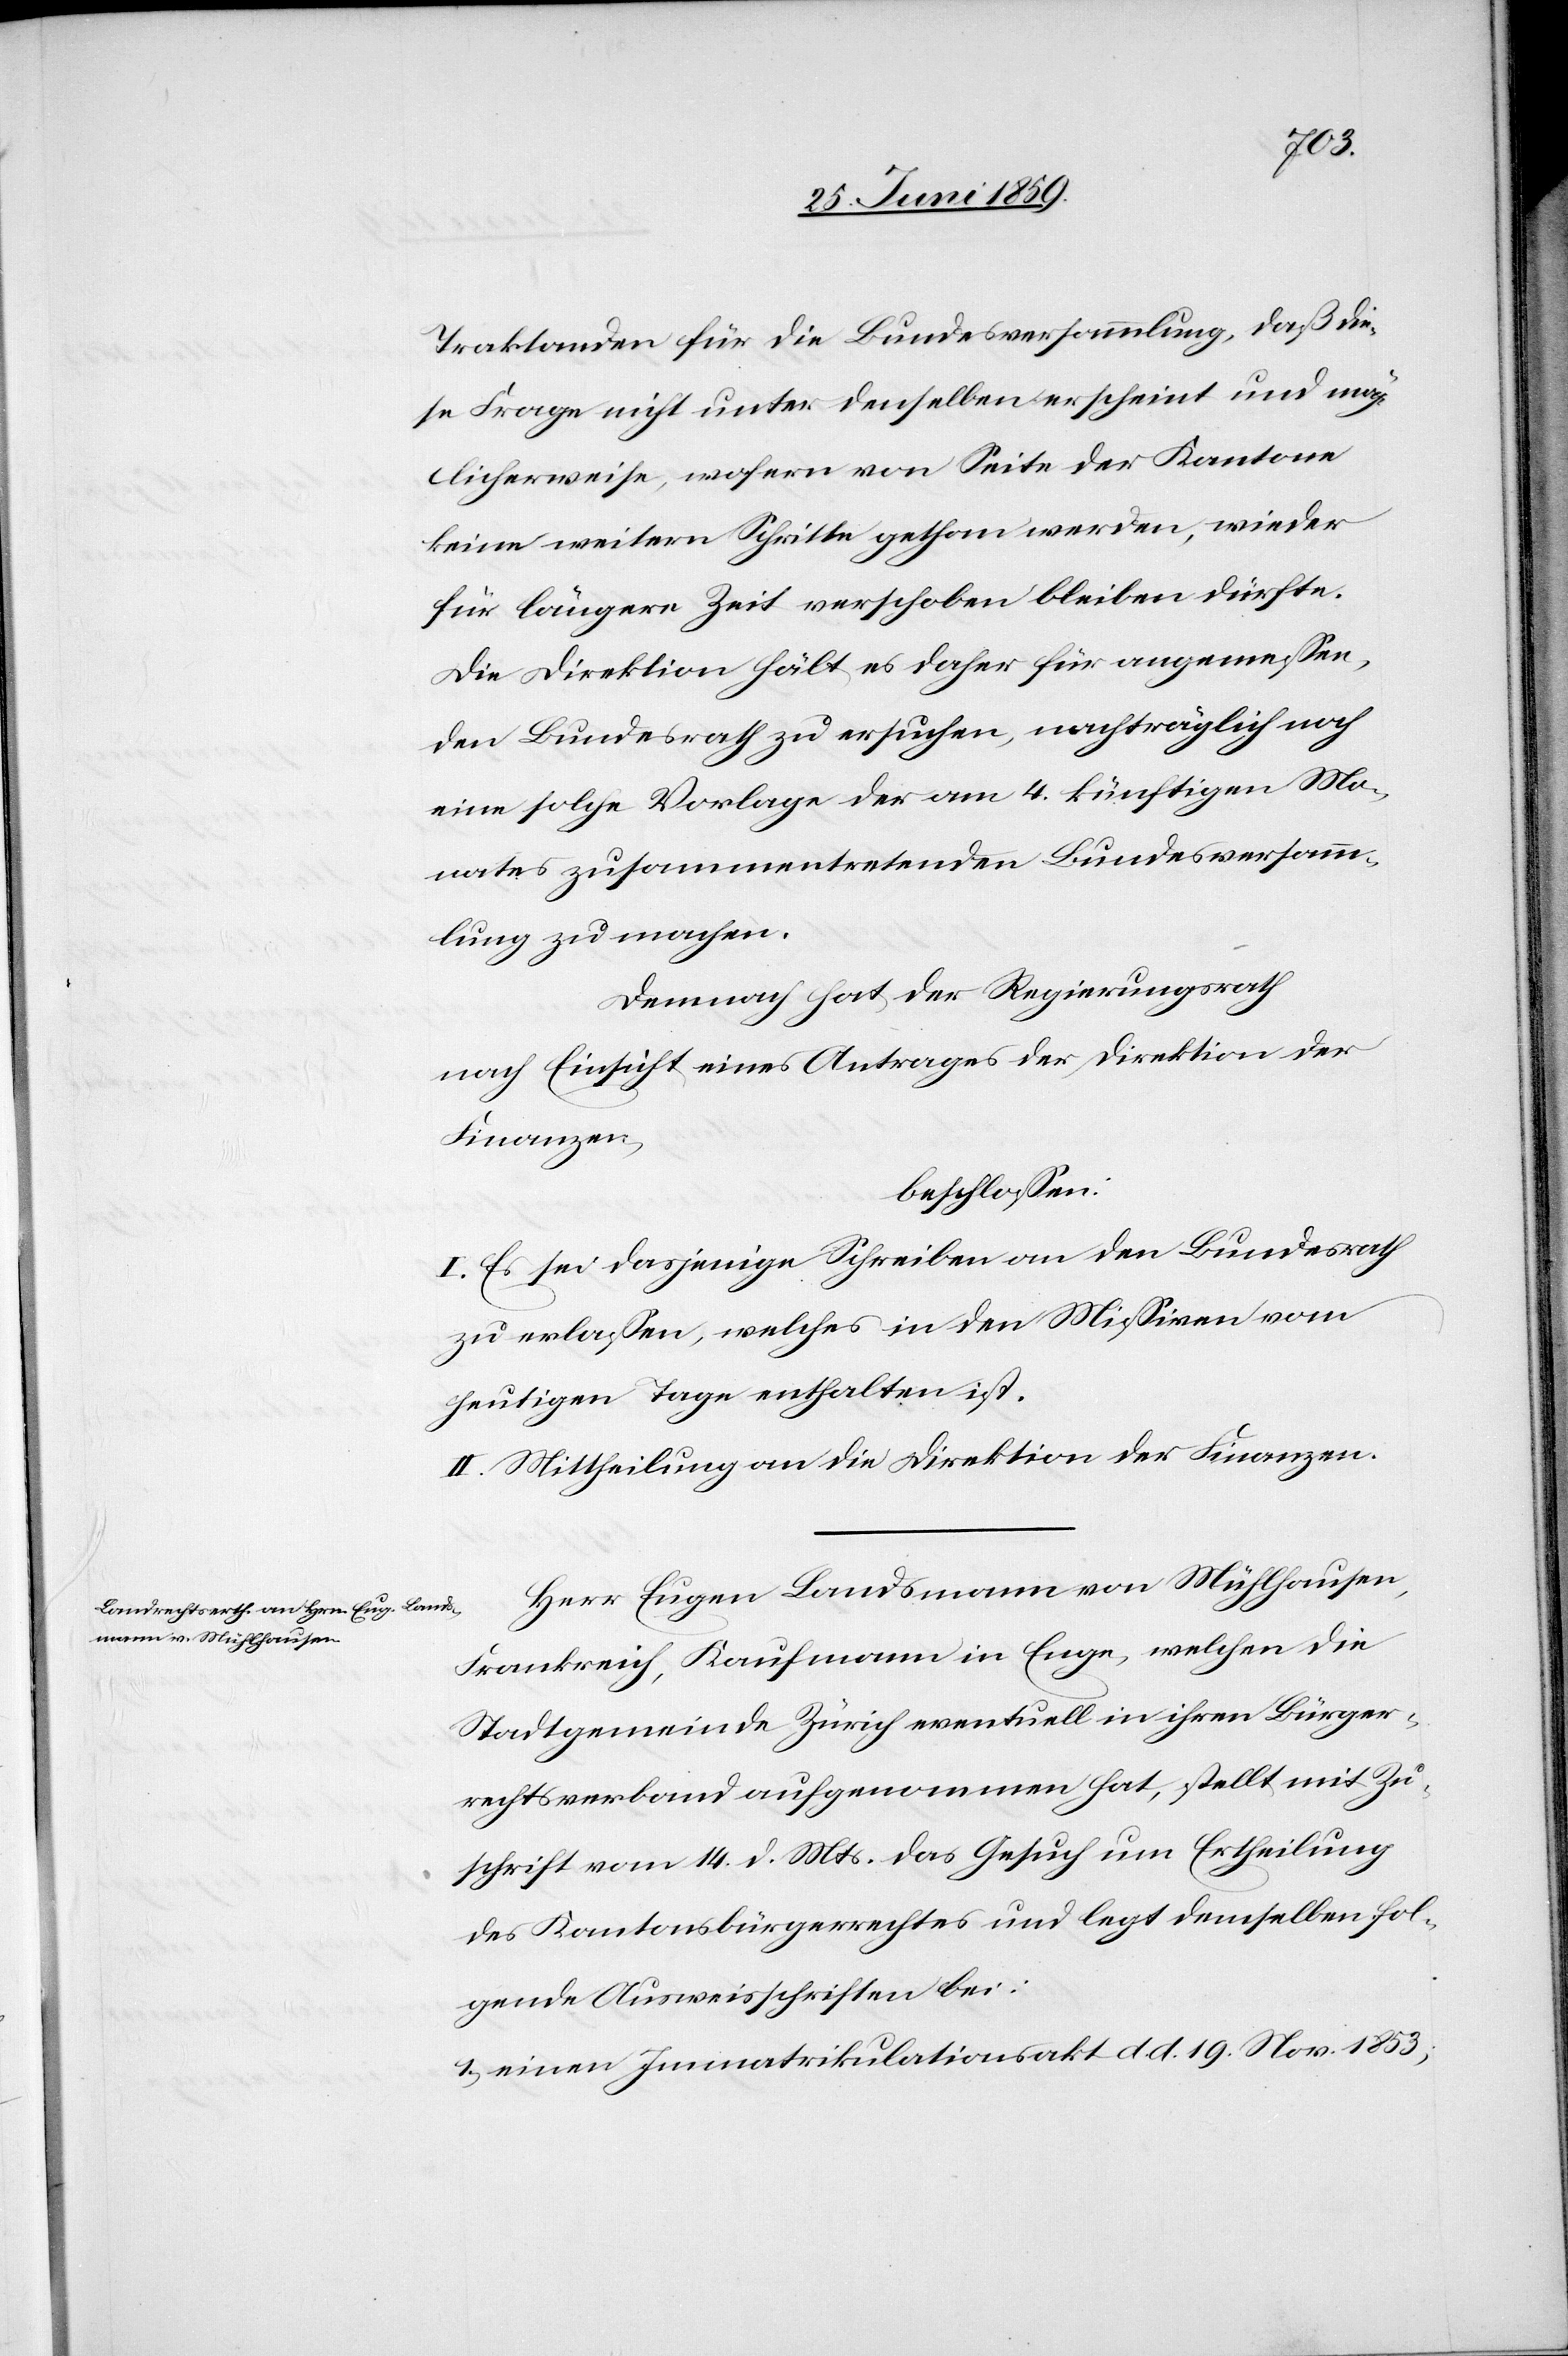
Traktanden für die Bundesversammlung, daß die¬
se Frage nicht unter denselben erscheint und mög¬
licherweise, wofern von Seite der Kantone
keine weitern Schritte gethan werden, wieder
für längere Zeit verschoben bleiben dürfte.
Die Direktion hält es daher für angemessen,
den Bundesrath zu ersuchen, nachträglich noch
eine solche Vorlage der am 4. künftigen Mo¬
nates zusammentretenden Bundesversamm¬
lung zu machen.
Demnach hat der Regierungsrath
nach Einsicht eines Antrages der Direktion der
Finanzen,
beschlossen:
I. Es sei dasjenige Schreiben an den Bundesrath
zu erlassen, welches in den Missiven vom
heutigen Tage enthalten ist.
II. Mittheilung an die Direktion der Finanzen.
Herr Eugen Landsmann von Mühlhausen,
Frankreich, Kaufmann in Enge, welchen die
Stadtgemeinde Zürich eventuell in ihren Bürger¬
rechtsverband aufgenommen hat, stellt mit Zu¬
schrift vom 14. d. Mts. das Gesuch um Ertheilung
des Kantonsbürgerrechtes und legt demselben fol¬
gende Ausweisschriften bei:
1) einen Immatrikulationsakt d. d. 19. Nov. 1853;